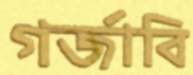
গর্জাবি